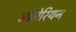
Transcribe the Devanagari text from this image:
ओमेरियन